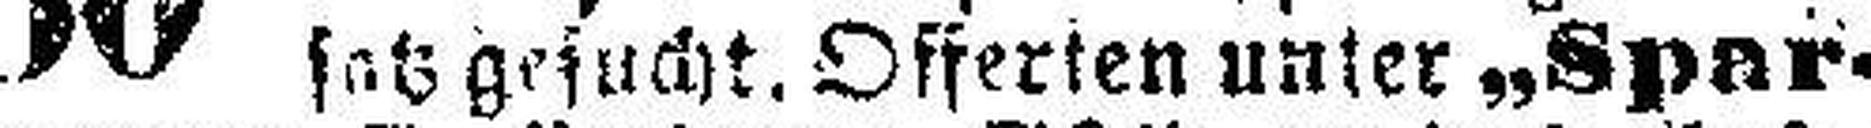
satz gesucht. Offerten unter „Spar¬